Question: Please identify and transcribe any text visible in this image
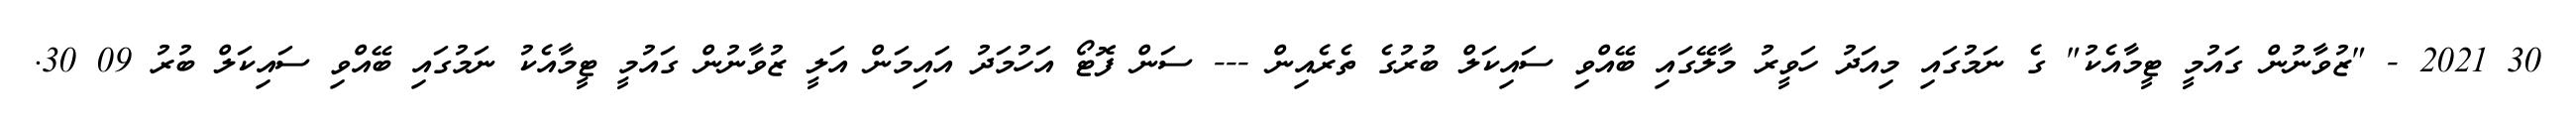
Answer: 30 2021 - "ޒުވާނުން ގައުމީ ޓީމާއެކު" ގެ ނަމުގައި މިއަދު ހަވީރު މާލޭގައި ބޭއްވި ސައިކަލް ބުރުގެ ތެރެއިން --- ސަން ފޮޓޯ އަހުމަދު އައިމަން އަލީ ޒުވާނުން ގައުމީ ޓީމާއެކު ނަމުގައި ބޭއްވި ސައިކަލް ބުރު 09 30.